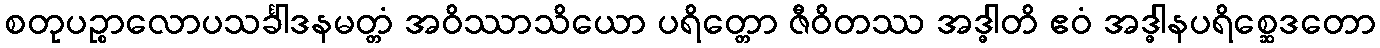
စတုပဉ္စာလောပသင်္ခါဒနမတ္တံ အဝိဿာသိယော ပရိတ္တော ဇီဝိတဿ အဒ္ဓါတိ ဧဝံ အဒ္ဓါနပရိစ္ဆေဒတော